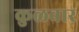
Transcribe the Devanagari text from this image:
कुळवार